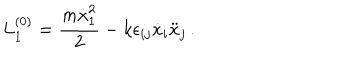
LaTeX: { L } _ { 1 } ^ { ( 0 ) } = \frac { m \dot { x } _ { 1 } ^ { 2 } } { 2 } - k \epsilon _ { i j } \dot { x } _ { i } \ddot { x } _ { j } \, .